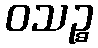
ဝသဉ္စ